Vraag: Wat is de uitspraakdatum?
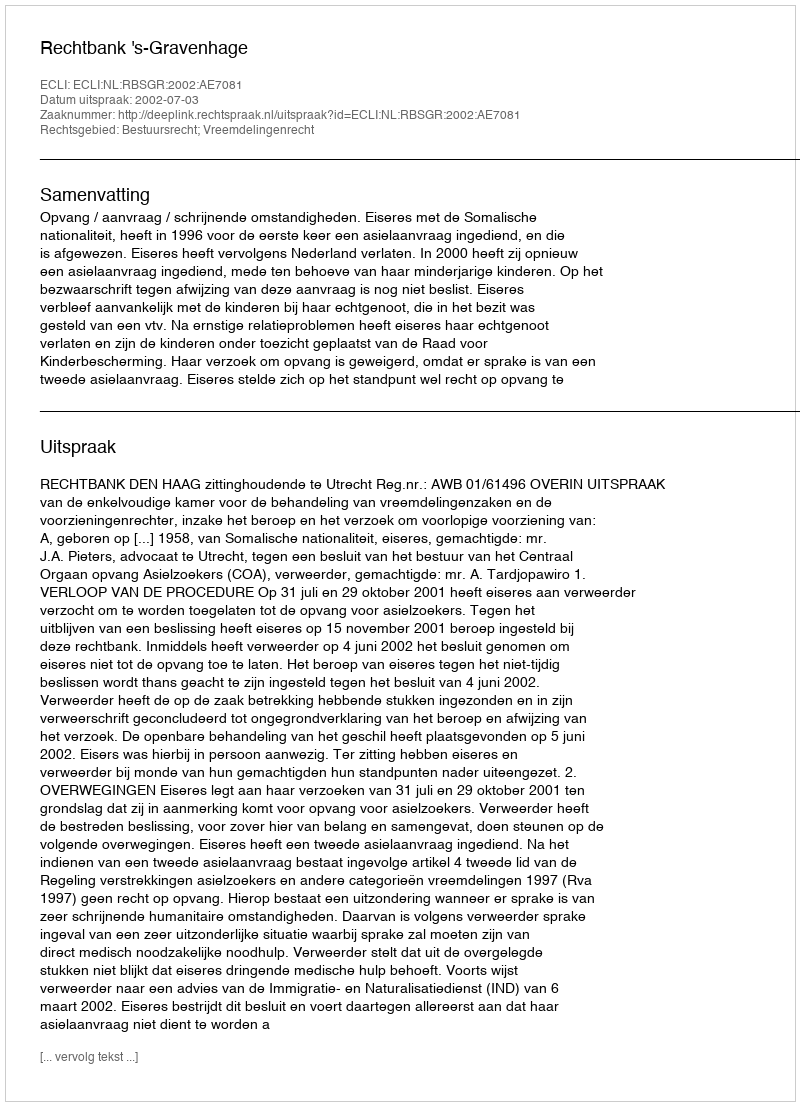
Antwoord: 2002-07-03